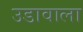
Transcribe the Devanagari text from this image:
उडावाला